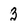
Character: 3